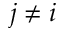
j \neq i